Vaccination in the Punjab 1883-1896 - 1883-1896
Year: 1883
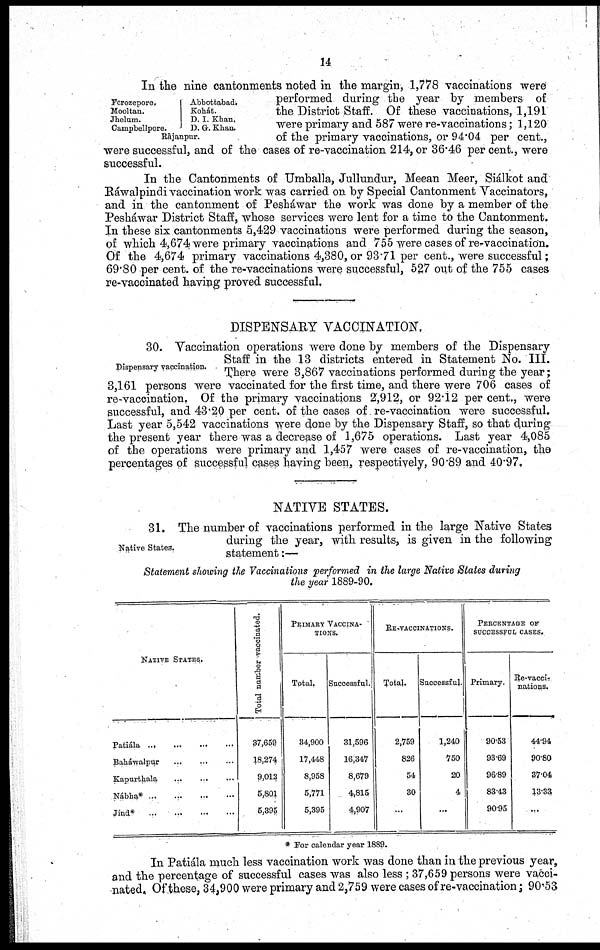
14
Ferozepore..
Mooltan.
Jhelum.
Campbellpore.
Abbottabad.
Kohát.
D. I. Khan.
D. G. Khan.
Râjanpur.
In the nine cantonments noted in the margin, 1,778 vaccinations were
performed during the year by members of
the District Staff. Of these vaccinations, 1,191
were primary and 587 were re-vaccinations; 1,120
of the primary vaccinations, or 94.04 per cent.,
were successful, and of the cases of re-vaccination 214, or 36.46 per cent., were
successful.
In the Cantonments of Umballa, Jullundur, Meean Meer, Siálkot and
Ráwalpindi vaccination work was carried on by Special Cantonment Vaccinators,
and in the cantonment of Pesháwar the work was done by a member of the
Pesháwar District Staff, whose services were lent for a time to the Cantonment.
In these six cantonments 5,429 vaccinations were performed during the season,
of which 4,674 were primary vaccinations and 755 were cases of re-vaccination.
Of the 4,674 primary vaccinations 4,380, or 93.71 per cent., were successful;
69.80 per cent. of the re-vaccinations were successful, 527 out of the 755 cases
re-vaccinated having proved successful.
DISPENSARY VACCINATION,
Dispensary vaccination.
30. Vaccination operations were done by members of the Dispensary
Staff in the 13 districts entered in Statement No. III.
There were 3,867 vaccinations performed during the year;
3,161 persons were vaccinated for the first time, and there were 706 cases of
re-vaccination, Of the primary vaccinations 2,912, or 92.12 per cent., were
successful, and 43.20 per cent. of the cases of re-vaccination were successful.
Last year 5,542 vaccinations were done by the Dispensary Staff, so that during
the present year there was a decrease of 1,675 operations. Last year 4,085
of the operations were primary and 1,457 were cases of re-vaccination, the
percentages of successful cases having been, respectively, 90.89 and 40.97,
NATIVE STATES.
Native States.
31. The number of vaccinations performed in the large Native States
during the year, with results, is given in the following
statement:—
Statement showing the Vaccinations performed in the large Native States during
the year 1889-90.
NATIVE STATES.
Patiála
...
...
...
...
Baháwalpur ... ... ...
Kapurthala
...
...
...
Nábha*
...
...
...
...
Jínd*
...
...
...
...
Total number vaccinated.
37,659
18,274
9,012
5,801
5,395
PRIMARY VACCINA¬
------
Total.
34,900
17,448
8,958
5,771
5,395
Successful.
31,596
16,347
8,679
4,815
4,907
RE-VACCINATIONS.
Total.
2,759
826
54
30
...
Successful.
1,240
750
20
4
...
PERCENTAGE OF
SUCCESSFUL CASES.
Primary.
90.53
93.69
96.89
83.43
90.95
Re-vacci¬
nations.
44.94
90.80
37.04
13.33
...
* For calendar year 1889.
In Patiála much less vaccination work was done than in the previous year,
and the percentage of successful cases was also less ; 37,659 persons were vacci-
nated. Of these, 34,900 were primary and 2,759 were cases of re-vaccination; 90.53